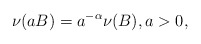
\begin{align*} \nu(a B)=a^{-\alpha}\nu(B),a>0,\end{align*}